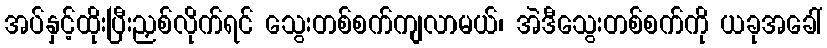
အပ်နှင့်ထိုးပြီးညှစ်လိုက်ရင် သွေးတစ်စက်ကျလာမယ်၊ အဲဒီသွေးတစ်စက်ကို ယခုအခေါ်